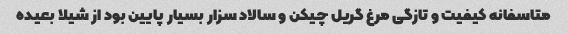
متاسفانه کیفیت و تازگى مرغ گریل چیکن و سالاد سزار بسیار پایین بود از شیلا بعیده